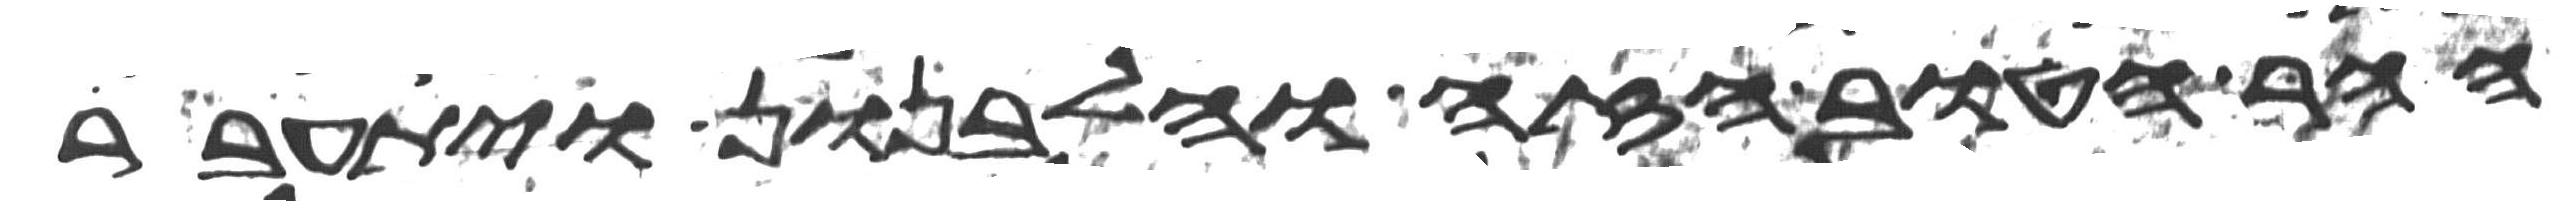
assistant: ההר הטוב הזה והלבנון ויתעבר